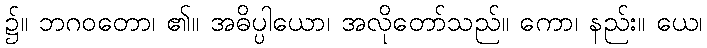
၌။ ဘဂဝတော၊ ၏။ အဓိပ္ပါယော၊ အလိုတော်သည်။ ကော၊ နည်း။ ယေ၊